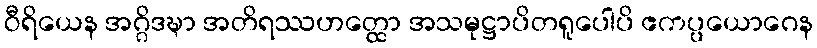
ဝီရိယေန အဂ္ဂိဒဍ္ဎာ အတိရဿဟတ္ထော အသမုဋ္ဌာပိတရူပေါပိ ဧကပ္ပယောဂေန